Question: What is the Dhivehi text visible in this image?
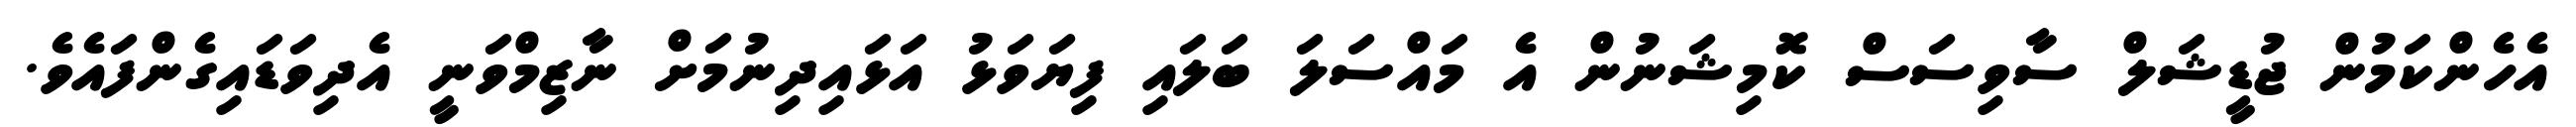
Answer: އެހެންކަމުން ޖުޑީޝަލް ސާވިސަސް ކޮމިޝަނުން އެ މައްސަލަ ބަލައި ފިޔަވަޅު އަޅައިދިނުމަށް ނާޒިމްވަނީ އެދިވަޑައިގެންފައެވެ.